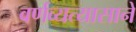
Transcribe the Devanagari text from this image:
वर्णव्यत्यासाने